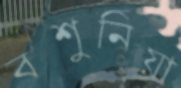
বশুনিয়া